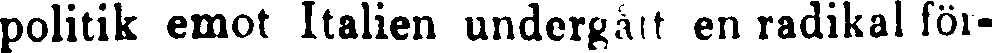
politik emot Italien undergått en radikal för-